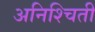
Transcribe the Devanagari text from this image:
अनिश्चिती